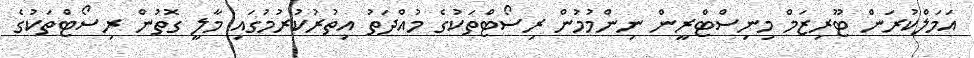
އަމަލްކުރަން ޓޫރިޒަމް މިނިސްޓްރީން ނިންމުމުން ރިސޯޓްތަކުގެ މުއްދަތު އިތުރުކުރުމުގައި މާލީ ގޮތުން ރިސޯޓްތަކުގެ